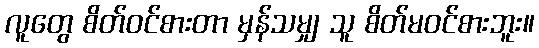
လူတွေ စိတ်ဝင်စားတာ မှန်သမျှ သူ စိတ်မဝင်စားဘူး။